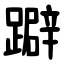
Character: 躃